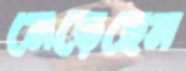
মেড়েছেন